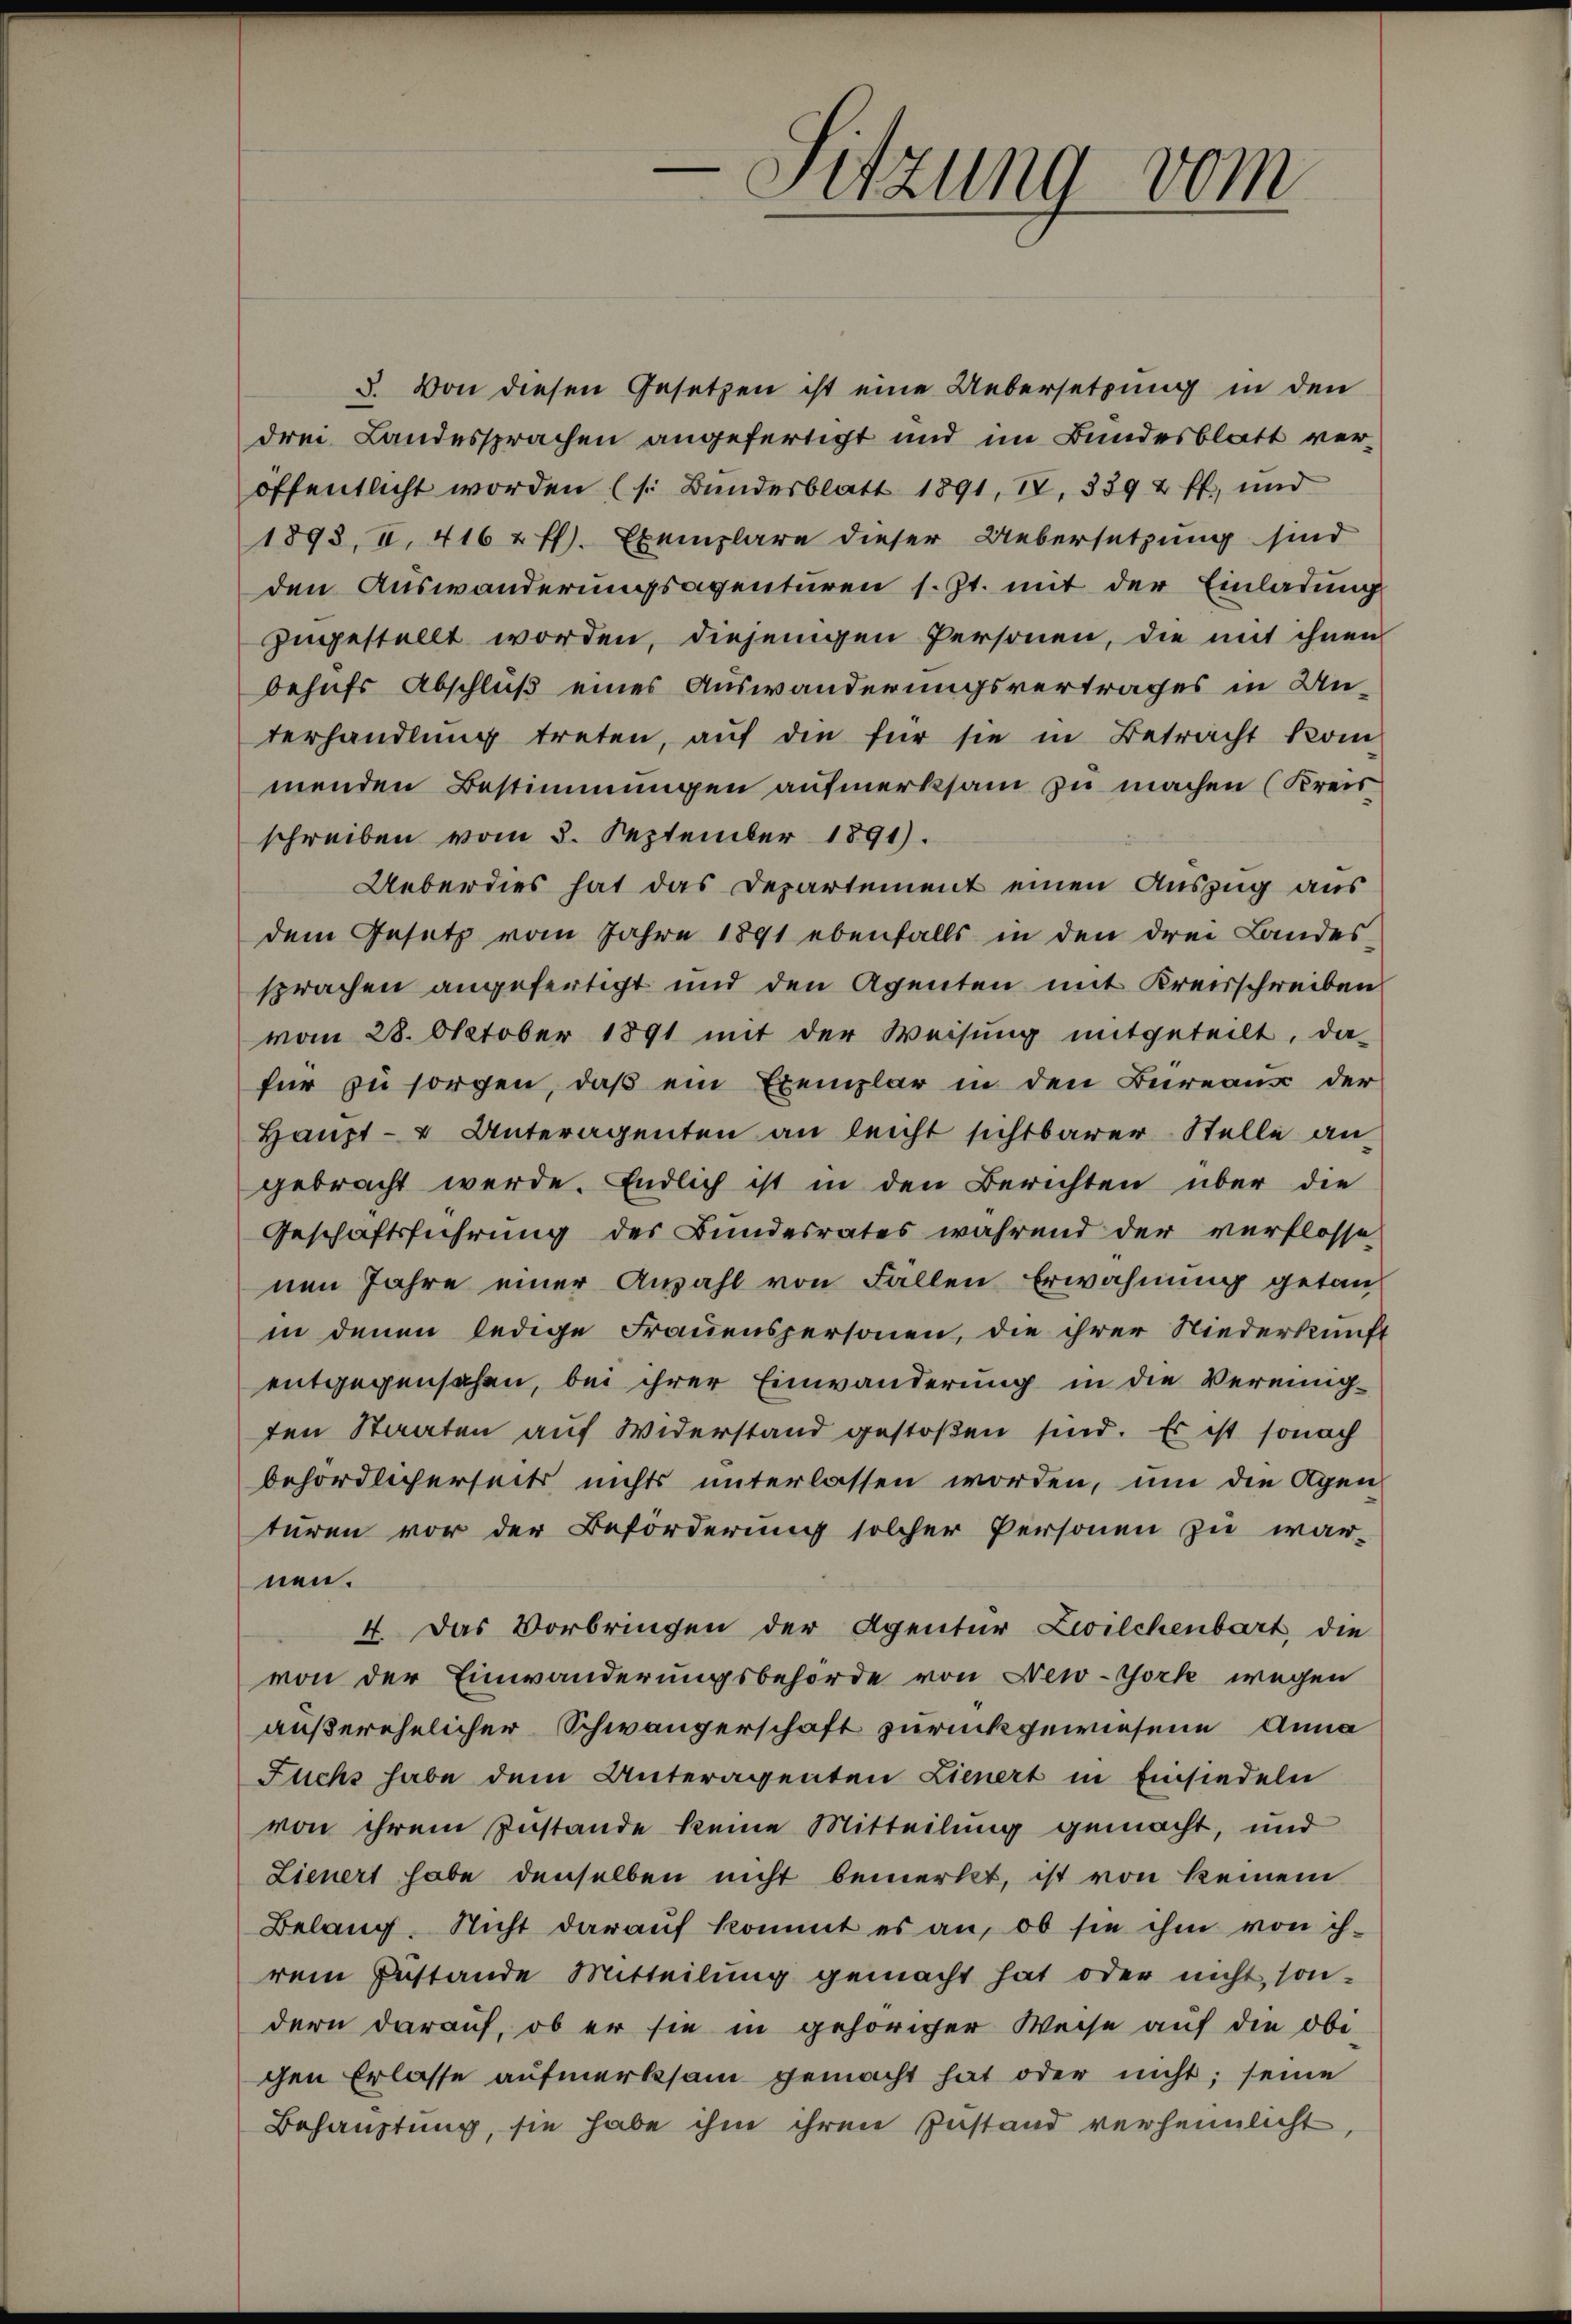
Sitzung vom

3. Von diesen Gesetzen ist eine Uebersetzung in den
drei Landessprachen angefertigt und im Bundesblatt veröffentlicht worden (s. Bŭndesblatt 1891, IV. 3392 ff., und
1898, II. 416 u. fl. Exemplare dieser Uebersetzung sind
den Auswanderungsagenturen s. Zt. mit der Einladung
zugestellt worden, diejenigen Personen, die mit ihnen
behufs Abschluß eines Auswanderungsvertrages in Unterhandlŭng treten, aŭf die für sie in Betracht kom
menden Bestimmungen aufmerksam zu machen (Kreisschreiben vom 3. September 1891).
Ueberdies hat das Departement einen Auszug aus
dem Gesetz vom Jahre 1891 ebenfalls in den drei Landes
sprachen angefertigt und den Agenten mit Kreisschreiben
vom 28. Oktober 1891 mit der Weisung mitgeteilt, da
für zu sorgen, daß ein Exemplar in den Bureaus der
Haupt- & Unteragenten an leicht sichtbarer Stelle angebracht werde. Endlich ist in den Berichten über die
Geschäftsführung des Bundesrates während der verflosse
nen Jahre einer Anzahl von Fallen Erwähnung getan
in denen ledige Frauenspersonen, die ihrer Niederkunft
entgegensahen, bei ihrer Einwanderung in die Vereinigten Staaten auf Widerstand gestoßen sind. Es ist sonach
behördlicherseits nichts unterlassen worden, um die Agen
turen vor der Beförderung solcher Personen zu war-
nen.
4. Das Vorbringen der Agentur Zwilchenbart, die
von der Einwanderungsbehörde von New-York wegen
außerehelicher Schwängerschaft zurückgewiesene Anna
Fuchs habe dem Unteragenten Lienert in Einsiedeln
von ihrem Zustande keine Mitteilung gemacht, und
Lienert habe denselben nicht bemerkt, ist von keinem
Belang. Nicht daraŭf kommt es an, ob sie ihm von ih-
rem Zustande Mitteilung gemacht hat oder nicht, son-
dern darauf, ob er sie in gehöriger Weise auf die obi
chen Erlasse aufmerksam gemacht hat oder nicht; seine
Behauptung, sie habe ihm ihren Zustand verheimlicht